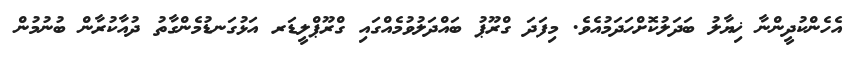
އެހެންކުދީންނާ ޚިޔާލު ބަދަލުކޮށްހަދަމުއެވެ. މިފަދަ ގްރޫޕު ބައްދަލުވުމެއްގައި ގްރޫޕްލީޑަރ އަޅުގަނޑުމެންގާތު ދުއާކުރާން ބުނުމުން